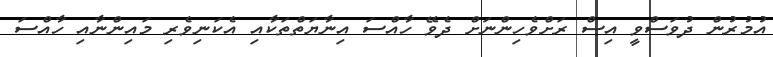
އުމުރުން ދުވަސްވީ އިސް ރަށްވެހިންނަށް ދެވޭ ހާއްސަ އިނާޔަތްތަކާއި އެކަނިވެރި މައިންނާއި ހާއްސަ